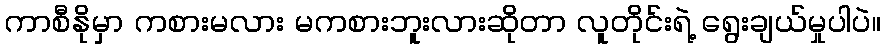
ကာစီနိုမှာ ကစားမလား မကစားဘူးလားဆိုတာ လူတိုင်းရဲ့ ရွေးချယ်မှုပါပဲ။